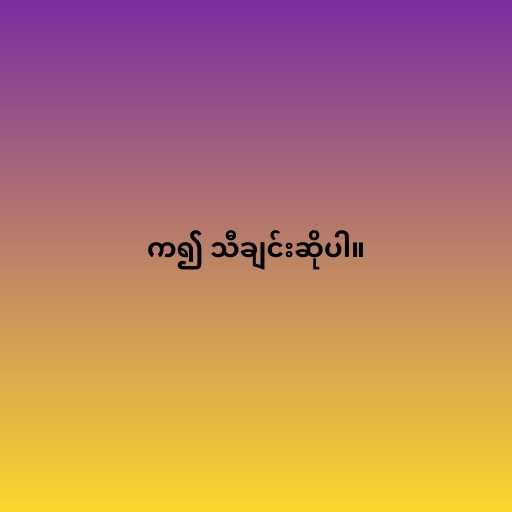
က၍ သီချင်းဆိုပါ။